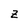
Character: z